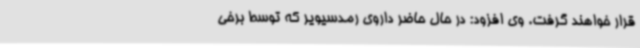
قرار خواهند گرفت. وی افزود: در حال حاضر داروی رمدسیویر که توسط برخی